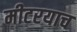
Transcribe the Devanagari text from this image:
मीटरयाच